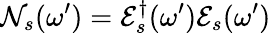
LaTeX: {\cal N}_{s}(\omega^{\prime})={\cal E}_{s}^{\dagger}(\omega^{\prime}){\cal E}_{s}(\omega^{\prime})